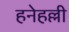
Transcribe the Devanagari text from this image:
हनेहल्ली